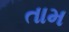
તામ